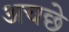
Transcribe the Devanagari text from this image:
अचछे